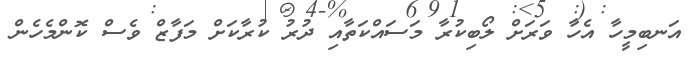
އަނބިމީހާ އެހާ ވަރަށް ލޯބިކުރާ މަސައްކަތާއި ދުރު ކުރާކަށް މަފާޒް ވެސް ކޮންމެހެން